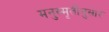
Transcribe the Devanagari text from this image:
मनुस्मृतीनुसार